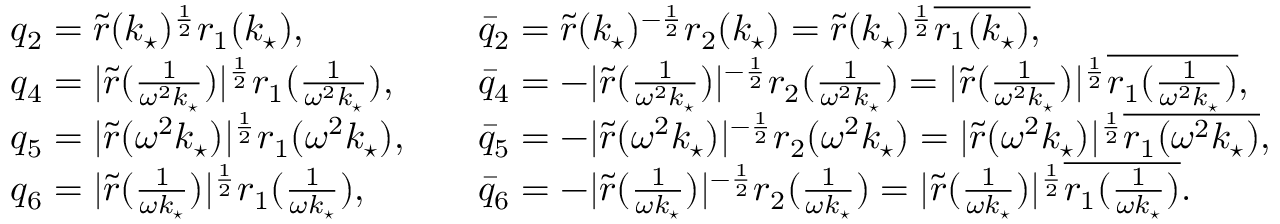
\begin{array} { r l r l } & { q _ { 2 } = \tilde { r } ( k _ { \star } ) ^ { \frac { 1 } { 2 } } r _ { 1 } ( k _ { \star } ) , } & & { \bar { q } _ { 2 } = \tilde { r } ( k _ { \star } ) ^ { - \frac { 1 } { 2 } } r _ { 2 } ( k _ { \star } ) = \tilde { r } ( k _ { \star } ) ^ { \frac { 1 } { 2 } } \overline { { r _ { 1 } ( k _ { \star } ) } } , } \\ & { q _ { 4 } = | \tilde { r } ( \frac { 1 } { \omega ^ { 2 } k _ { \star } } ) | ^ { \frac { 1 } { 2 } } r _ { 1 } ( \frac { 1 } { \omega ^ { 2 } k _ { \star } } ) , } & & { \bar { q } _ { 4 } = - | \tilde { r } ( \frac { 1 } { \omega ^ { 2 } k _ { \star } } ) | ^ { - \frac { 1 } { 2 } } r _ { 2 } ( \frac { 1 } { \omega ^ { 2 } k _ { \star } } ) = | \tilde { r } ( \frac { 1 } { \omega ^ { 2 } k _ { \star } } ) | ^ { \frac { 1 } { 2 } } \overline { { r _ { 1 } ( \frac { 1 } { \omega ^ { 2 } k _ { \star } } ) } } , } \\ & { q _ { 5 } = | \tilde { r } ( \omega ^ { 2 } k _ { \star } ) | ^ { \frac { 1 } { 2 } } r _ { 1 } ( \omega ^ { 2 } k _ { \star } ) , } & & { \bar { q } _ { 5 } = - | \tilde { r } ( \omega ^ { 2 } k _ { \star } ) | ^ { - \frac { 1 } { 2 } } r _ { 2 } ( \omega ^ { 2 } k _ { \star } ) = | \tilde { r } ( \omega ^ { 2 } k _ { \star } ) | ^ { \frac { 1 } { 2 } } \overline { { r _ { 1 } ( \omega ^ { 2 } k _ { \star } ) } } , } \\ & { q _ { 6 } = | \tilde { r } ( \frac { 1 } { \omega k _ { \star } } ) | ^ { \frac { 1 } { 2 } } r _ { 1 } ( \frac { 1 } { \omega k _ { \star } } ) , } & & { \bar { q } _ { 6 } = - | \tilde { r } ( \frac { 1 } { \omega k _ { \star } } ) | ^ { - \frac { 1 } { 2 } } r _ { 2 } ( \frac { 1 } { \omega k _ { \star } } ) = | \tilde { r } ( \frac { 1 } { \omega k _ { \star } } ) | ^ { \frac { 1 } { 2 } } \overline { { r _ { 1 } ( \frac { 1 } { \omega k _ { \star } } ) } } . } \end{array}